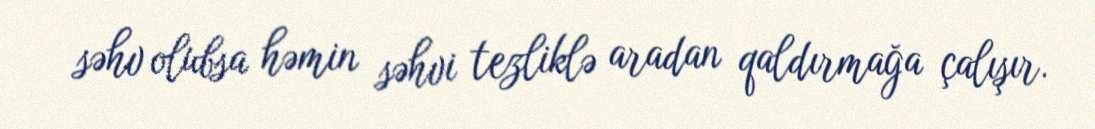
səhv olubsa həmin səhvi tezliklə aradan qaldırmağa çalışır.